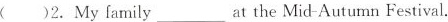
( )2.My family___at the Mid-Autumn Festival.